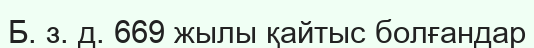
Б. з. д. 669 жылы қайтыс болғандар